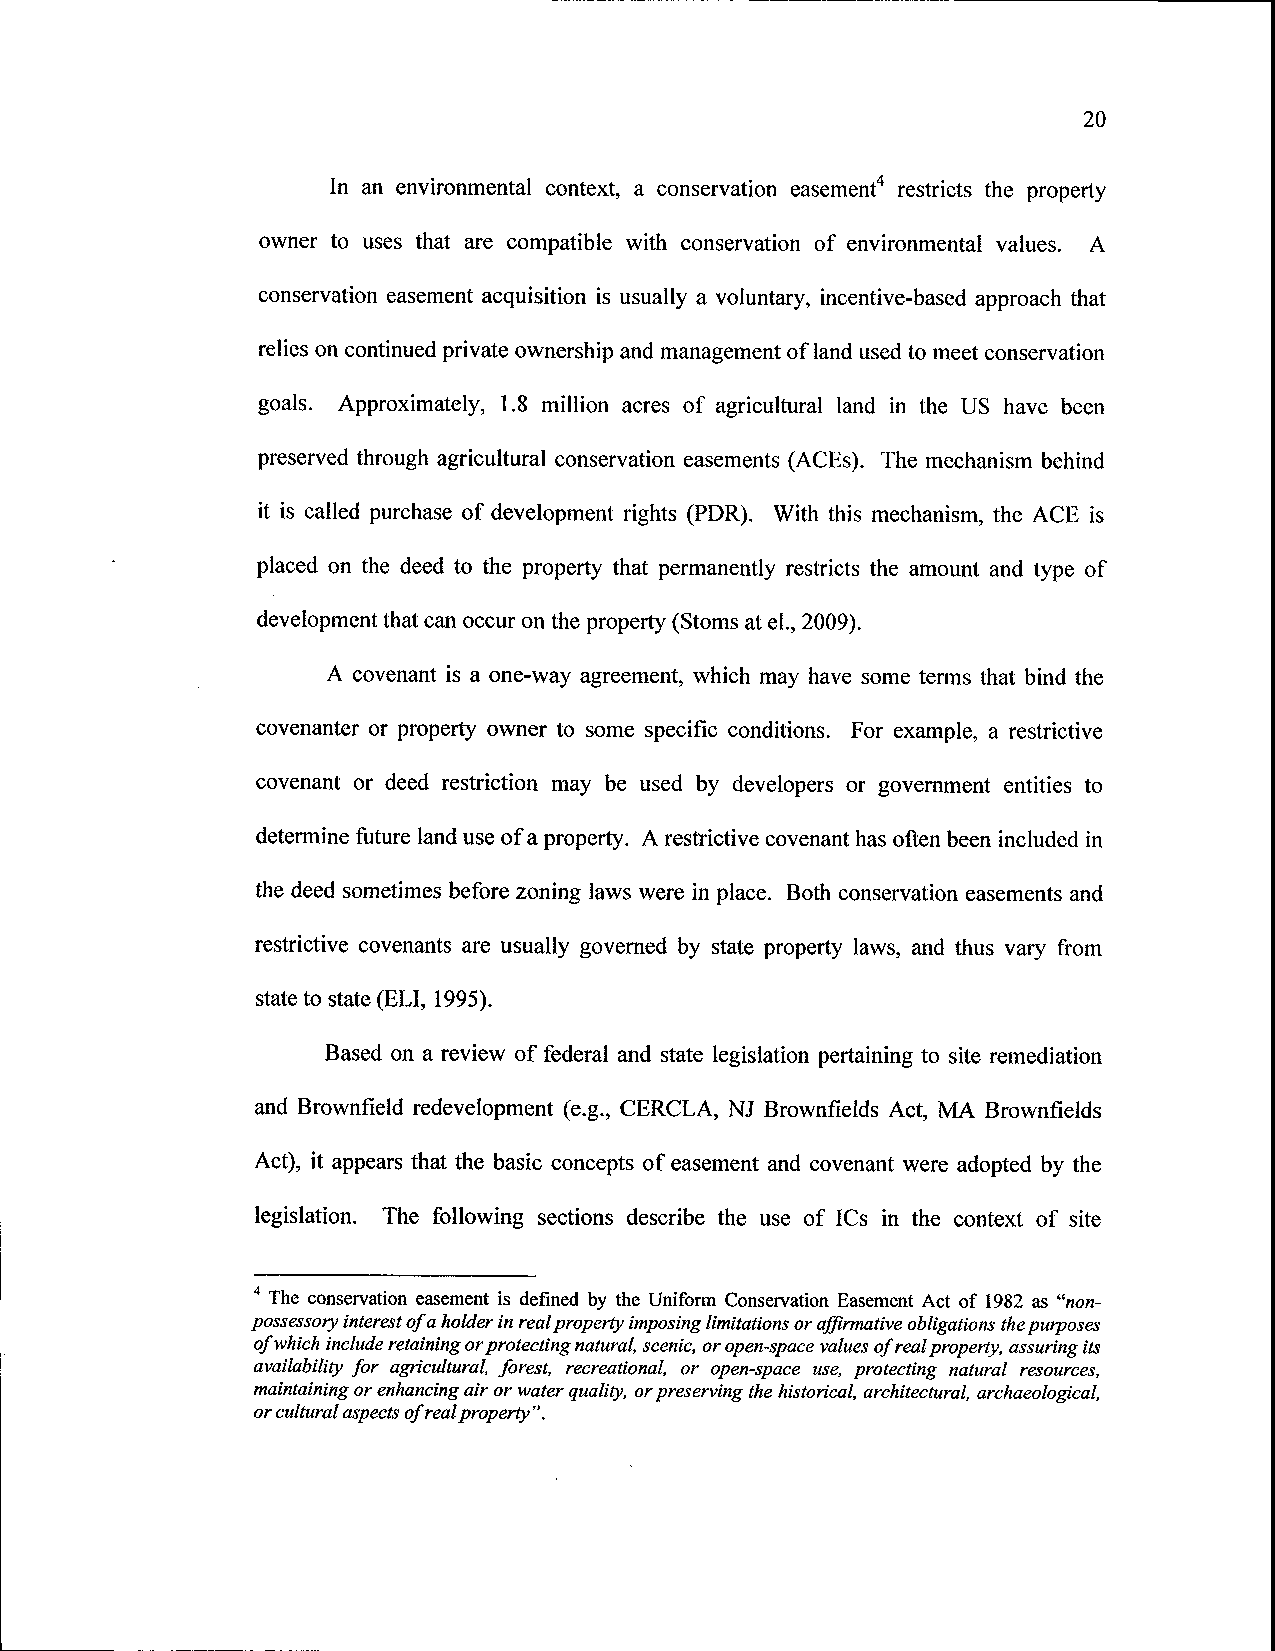
20
 In an environmental context, a conservation easement 4 restricts the property
 owner to uses that are compatible with conservation of environmental values. A
 conservation easement acquisition is usually a voluntary, incentive-based approach that
 relies on continued private ownership and management of land used to meet conservation
 goals. Approximately, 1.8 million acres of agricultural land in the US have been
 preserved through agricultural conservation easements (ACEs). The mechanism behind
 it is called purchase of development rights (PDR). With this mechanism, the ACE is
 placed on the deed to the property that permanently restricts the amount and type of
 development that can occur on the property (Stoms at el., 2009).
 A covenant is a one-way agreement, which may have some terms that bind the
 covenanter or property owner to some specific conditions. For example, a restrictive
 covenant or deed restriction may be used by developers or government entities to
 determine future land use of a property. A restrictive covenant has often been included in
 the deed sometimes before zoning laws were in place. Both conservation easements and
 restrictive covenants are usually governed by state property laws, and thus vary from
 state to state (ELI, 1995).
 Based on a review of federal and state legislation pertaining to site remediation
 and Brownfield redevelopment (e.g., CERCLA, NJ Brownfields Act, MA Brownfields
 Act), it appears that the basic concepts of easement and covenant were adopted by the
 legislation. The following sections describe the use of ICs in the context of site
 4 The conservation easement is defined by the Uniform Conservation Easement Act of 1982 as "non-
 possessory interest of a holder in real property imposing limitations or affirmative obligations the purposes
 of which include retaining or protecting natural, scenic, or open-space values of real property, assuring its
 availability for agricultural, forest, recreational, or open-space use, protecting natural resources,
 maintaining or enhancing air or water quality, or preserving the historical, architectural, archaeological,
 or cultural aspects of real property".